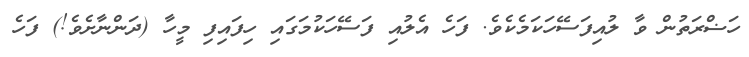
ހަޟްރަތުން ވާ ލުއިފަސޭހަކަމެކެވެ. ފަހެ އެލުއި ފަސޭހަކުމަގައި ހިފައިފި މީހާ (ދަންނާށެވެ!) ފަހެ